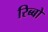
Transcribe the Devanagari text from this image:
रिब्बो